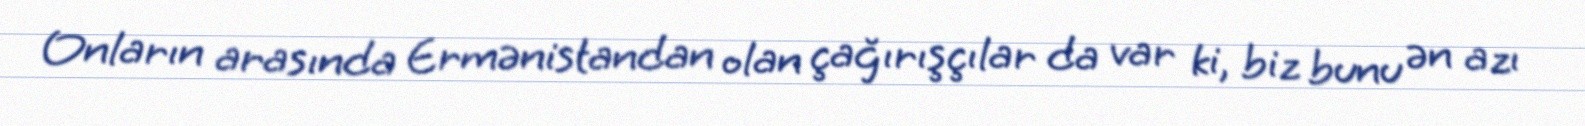
Onların arasında Ermənistandan olan çağırışçılar da var ki, biz bunu ən azı